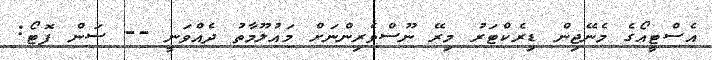
އެސްޓީއޯގެ މެނޭޖިން ޑިރެކްޓަރު މިރޭ ނޫސްވެރިންނަށް މައުލޫމާތު ދެއްވަނީ -- ސަން ފޮޓޯ: